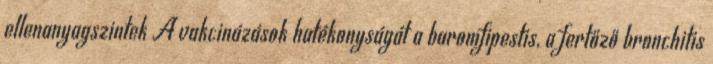
ellenanyagszintek A vakcinázások hatékonyságát a baromfipestis, a fertőző bronchitis